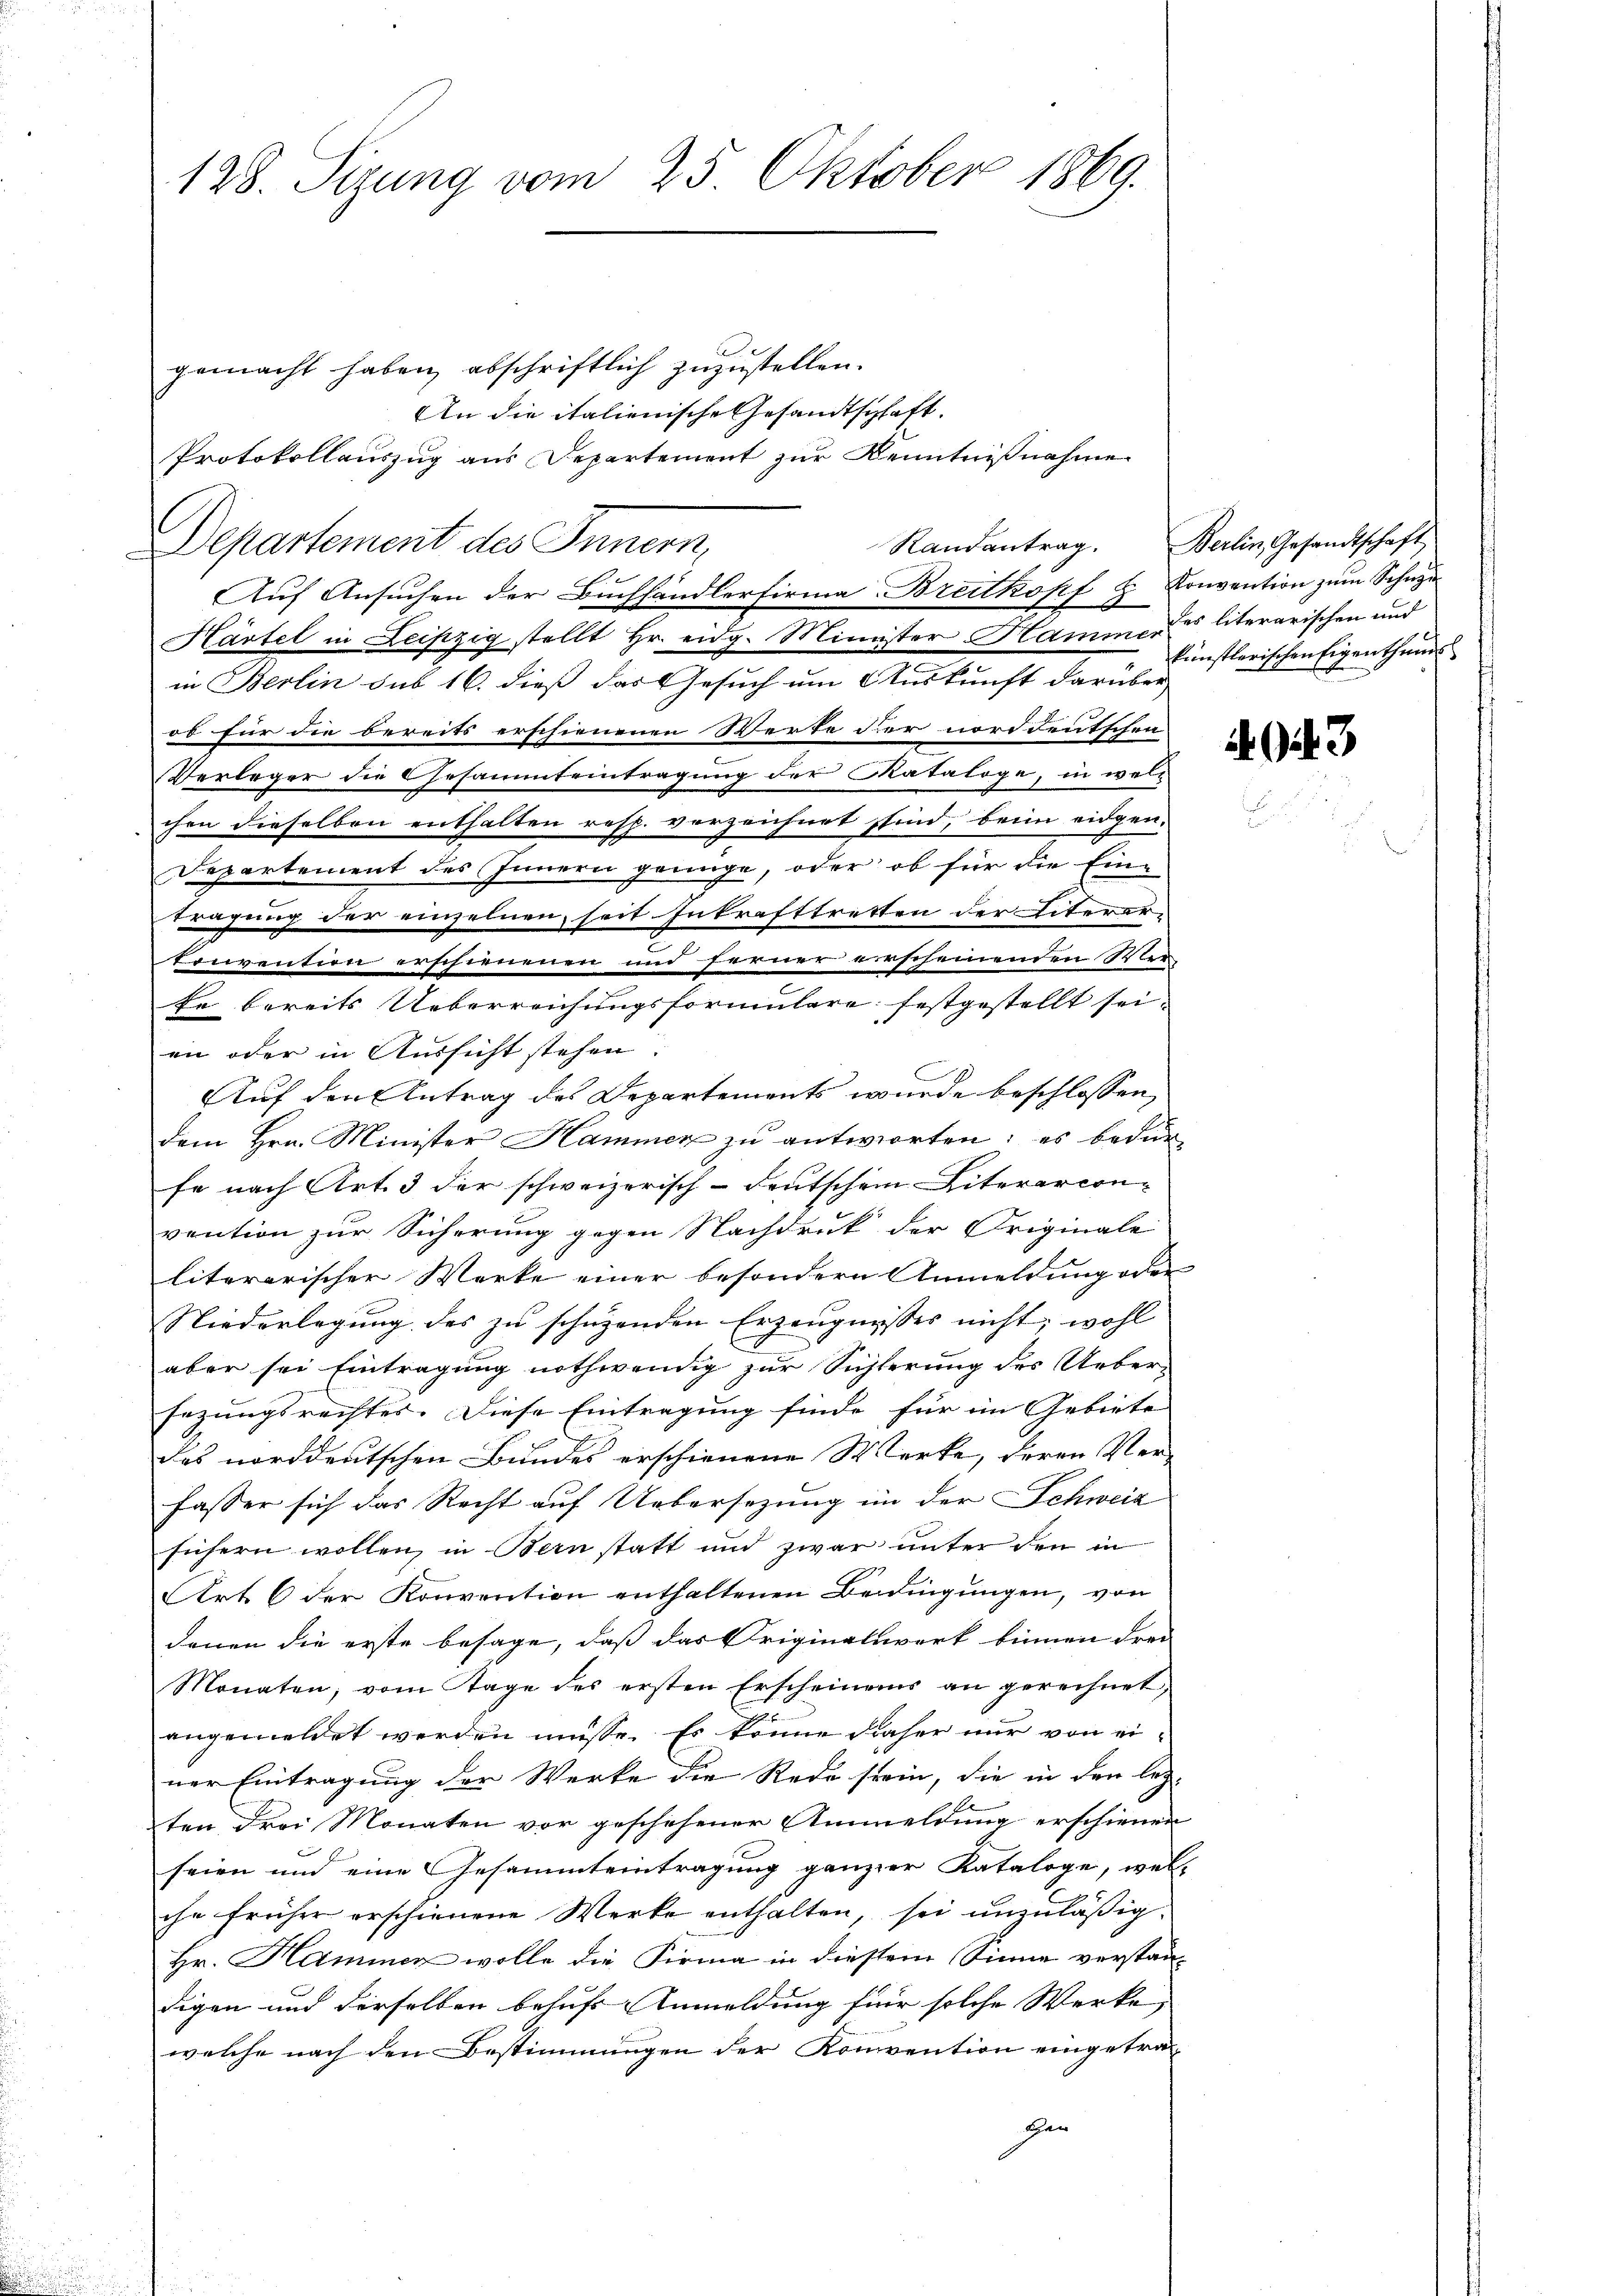
128. Sizung vom 25. Oktober 1869.

gemacht haben, abschriftlich zuzustellen.
An die italienische Gesandtschaft. |
Protokollauszug aus Departement zŭr Kenntniβnahme
Hartel in Leipzig stellt Hr. eidg. Minister Hammer literarischen und
in Berlin sub 16. dieß das Gesuch um Auskunft darüber-
od für die bereits erschienenen Werte der norddeutschen
Verleger die Gesammteintragung der Kataloge, in welt
chen dieselben enthalten resp. vorzeichnet sind, beim eidgen.
Departement des Innern genüge, oder ob für die Eintragung der einzelnen, seit Inkrafttretten der Eiterertonvention erschienenen und ferner verscheinenden Wer
Er bereits Ueberreichungsformulare festgestellt sei.
en oder in Aussicht stehen.
.
Auf den Antrag des Departements wurde beschlossen,
dem Hrn. Minister Hammer zŭ antworten; es bedür
fe nach Art. 3 der schweizerisch-deutschen Literarcon-
vention zur Sicherung gegen Nachdruk der Originale
literarischer Werke einer besondern Anmeldung oder
Niederlegung des zu schützenden Erzeugnisses nicht, wohl
aber sei Eintragung nothwendig zur Sichterung des Ueber-
sezungsrechter. Diese Eintragung finde für im Gebiete
des norddeutschen Bundes erschienene Werke, deren Verfasser sich das Recht auf Uebersezung in der Schweiz
sichern wollen, in Bern statt und zwar unter den in
Art. 6 der Konvention enthaltenen Bedingungen, von
denen die erste besage, daß das Originalwerk binnen drei
Monaten, vom Tage des ersten Erscheinens an gerechnet,
angemeldet werden müsse. Es könne daher nur von einer Eintragung der Werke die Rede sein, die in den letz-
ten drei Monaten vor geschehener Anmeldung erschienen
seien und eine Gesammteintragung ganzer Kataloge, wel-
che früher erschienene Werke enthalten, sei unzuläßig.
Hr. Hammer wolle die Firma in diesem Sinne verstan-
digen und derselben behufs Anmeldung für solche Werke,
welche nach den Bestimmungen der Konvention eingetra¬
Her

Departement des Innern,
Auf Ansuchen der Buchhandlerfirma Breitkopf u. Konvention zum Schnyd

Randantrag. Berlin, Gesandtschaft
künstlerischen Eigenthume

943